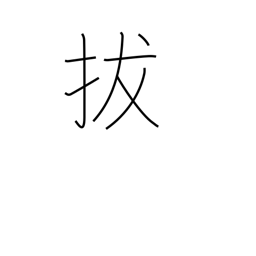
Meaning: quote